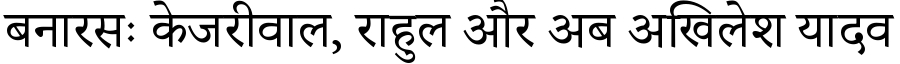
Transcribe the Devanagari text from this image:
बनारसः केजरीवाल, राहुल और अब अखिलेश यादव